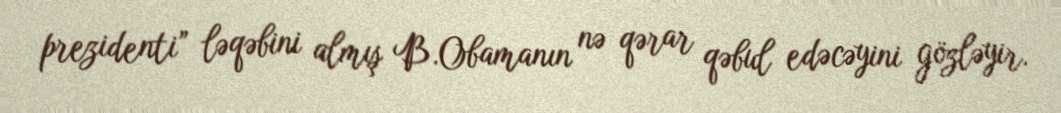
prezidenti” ləqəbini almış B.Obamanın nə qərar qəbul edəcəyini gözləyir.